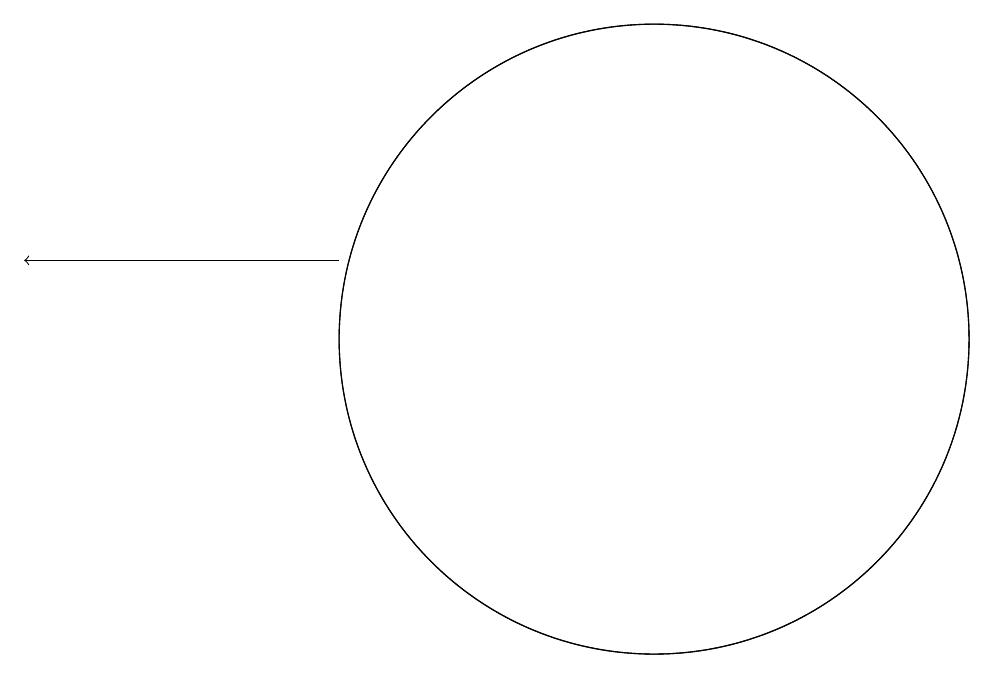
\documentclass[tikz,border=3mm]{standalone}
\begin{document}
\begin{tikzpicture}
\draw[->] (6,12) -- (2,12);
\draw (10,11) circle (4);
\draw (10,11) circle (4);
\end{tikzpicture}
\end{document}